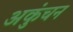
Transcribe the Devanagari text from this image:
अकुंचन